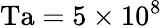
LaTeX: \mathrm{Ta}=5\times 10^{8}